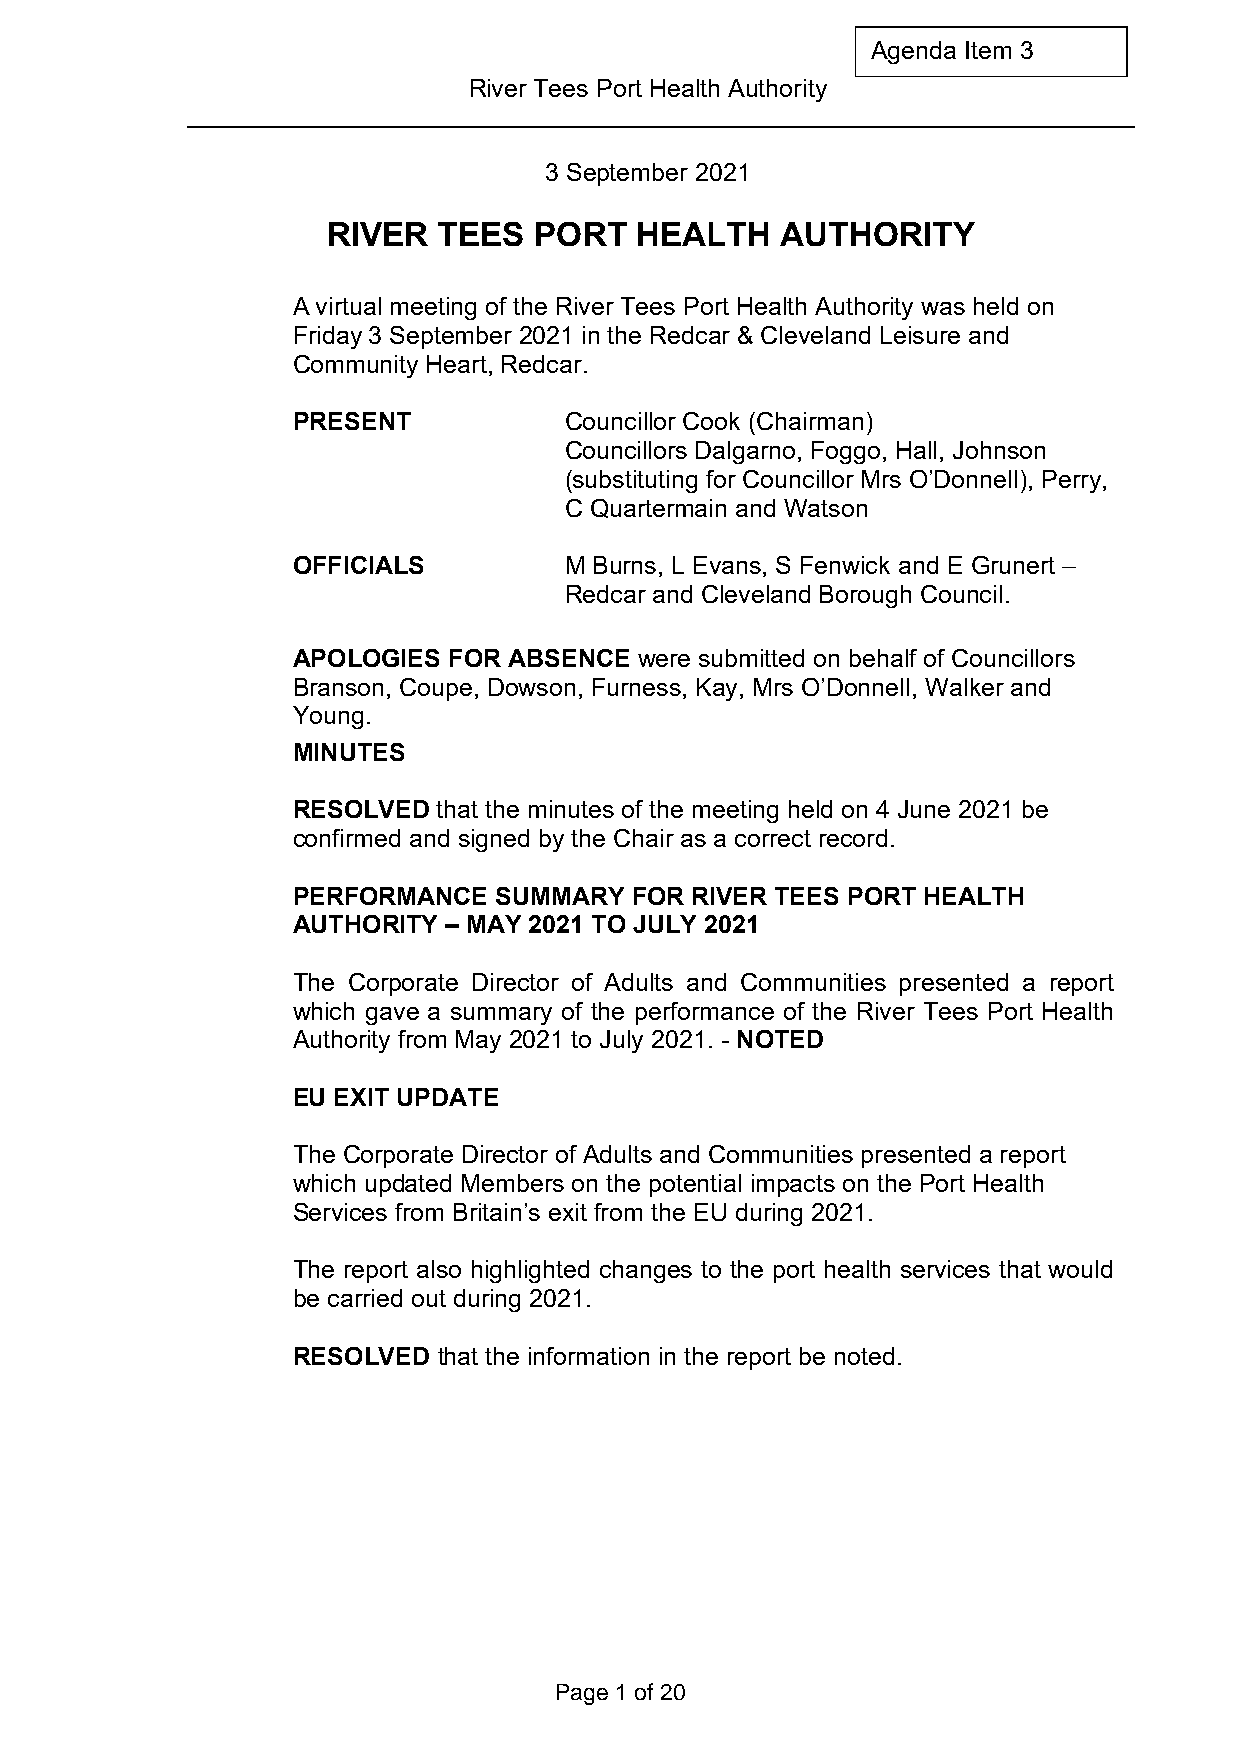
Agenda Item 3
 River Tees Port Health Authority
 3 September 2021
 RIVER  TEES  PORT   HEALTH    AUTHORITY
 A virtual meeting of the River Tees Port Health Authority was held on
 Friday 3 September 2021 in the Redcar & Cleveland Leisure and
 Community Heart, Redcar.
 PRESENT           Councillor Cook (Chairman)
 Councillors Dalgarno, Foggo, Hall, Johnson
 (substituting for Councillor Mrs O’Donnell), Perry,
 C Quartermain and Watson
 OFFICIALS         M Burns, L Evans, S Fenwick and E Grunert –
 Redcar and Cleveland Borough Council.
 APOLOGIES  FOR ABSENCE were submitted on behalf of Councillors
 Branson, Coupe, Dowson, Furness, Kay, Mrs O’Donnell, Walker and
 Young.
 MINUTES
 RESOLVED  that the minutes of the meeting held on 4 June 2021 be
 confirmed and signed by the Chair as a correct record.
 PERFORMANCE   SUMMARY  FOR RIVER TEES PORT HEALTH
 AUTHORITY  – MAY 2021 TO JULY 2021
 The Corporate Director of Adults and Communities presented a report
 which gave a summary of the performance of the River Tees Port Health
 Authority from May 2021 to July 2021. - NOTED
 EU EXIT UPDATE
 The Corporate Director of Adults and Communities presented a report
 which updated Members on the potential impacts on the Port Health
 Services from Britain’s exit from the EU during 2021.
 The report also highlighted changes to the port health services that would
 be carried out during 2021.
 RESOLVED  that the information in the report be noted.
 Page 1 of 20